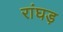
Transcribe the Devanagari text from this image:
रांघड़